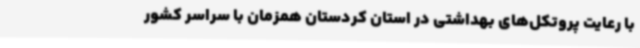
با رعایت پروتکل‌های بهداشتی در استان کردستان همزمان با سراسر کشور